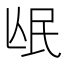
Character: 𭯰